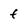
Character: f